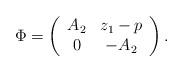
LaTeX: \begin{align*}\Phi=\left(\begin{array}{cc}A_2 & z_1-p \\0 & -A_2\end{array}\right).\end{align*}